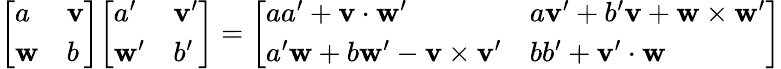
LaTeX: {\left[\begin{array}{ll}{a}&{\mathbf{v}}\\ {\mathbf{w}}&{b}\end{array}\right]}{\left[\begin{array}{ll}{a^{\prime}}&{\mathbf{v}^{\prime}}\\ {\mathbf{w}^{\prime}}&{b^{\prime}}\end{array}\right]}={\left[\begin{array}{ll}{aa^{\prime}+\mathbf{v}\cdot\mathbf{w}^{\prime}}&{a\mathbf{v}^{\prime}+b^{\prime}\mathbf{v}+\mathbf{w}\times\mathbf{w}^{\prime}}\\ {a^{\prime}\mathbf{w}+b\mathbf{w}^{\prime}-\mathbf{v}\times\mathbf{v}^{\prime}}&{bb^{\prime}+\mathbf{v}^{\prime}\cdot\mathbf{w}}\end{array}\right]}